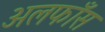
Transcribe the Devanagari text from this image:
अलफाँस